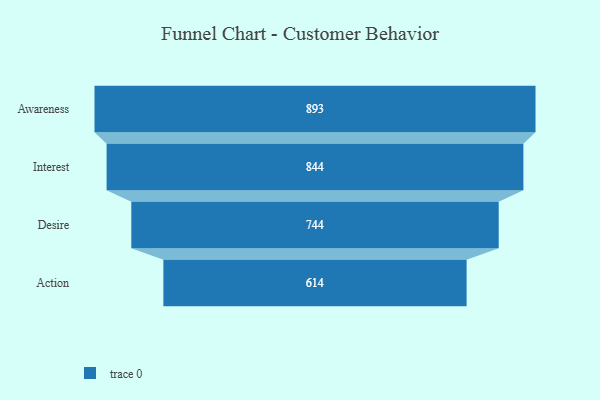
{"axis": {"x": "Stage", "y": "Value"}, "legend": [""], "data": [{"x": "Awareness", "y": 893.0, "type": ""}, {"x": "Interest", "y": 844.0, "type": ""}, {"x": "Desire", "y": 744.0, "type": ""}, {"x": "Action", "y": 614.0, "type": ""}]}